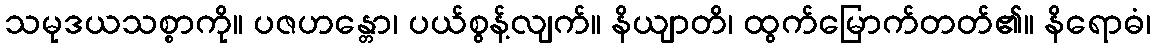
သမုဒယသစ္စာကို။ ပဇဟန္တော၊ ပယ်စွန့်လျက်။ နိယျာတိ၊ ထွက်မြောက်တတ်၏။ နိရောဓံ၊